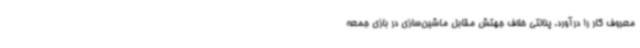
معروف کار را درآورد. پنالتی خلاف جهتش مقابل ماشین‌سازی در بازی جمعه